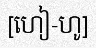
[ហៀ-ហូ]